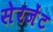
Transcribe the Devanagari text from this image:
सेरजेंट